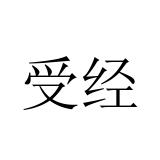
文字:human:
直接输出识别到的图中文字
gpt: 受经